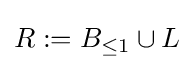
R:=B_{\leq 1}\cup L